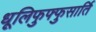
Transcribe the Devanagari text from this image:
धूलिफुफ्फुसार्ति